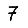
Digit: 7